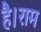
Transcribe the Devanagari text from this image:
है।राम